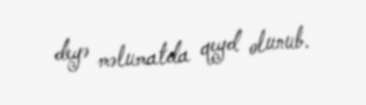
deyə məlumatda qeyd olunub.